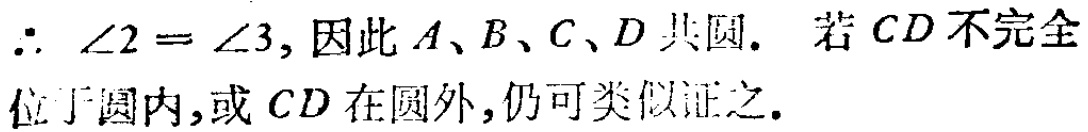
\(\therefore \angle2 = \angle3,\) 因此 \(A、B、C、D\) 共圆. 若 \(CD\) 不完全位于圆内,或 \(CD\) 在圆外,仍可类似证之.